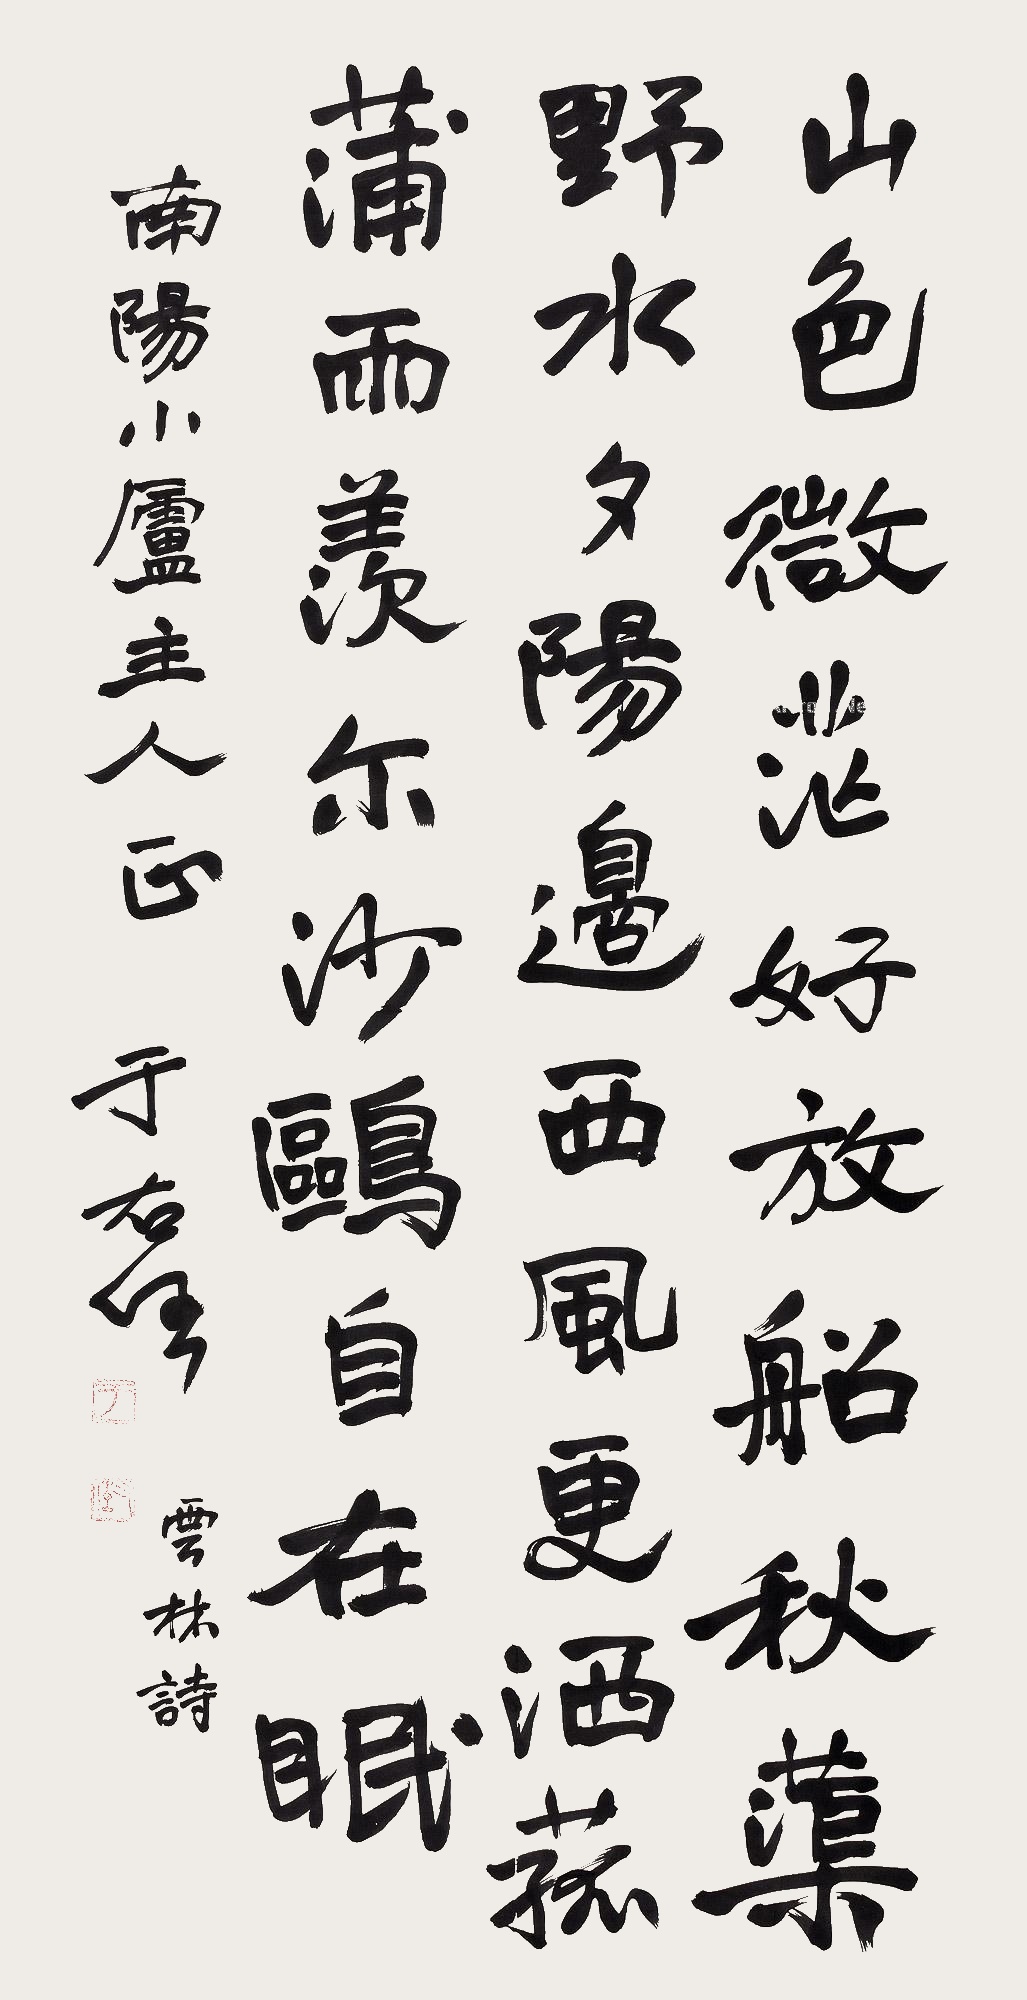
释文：山色微茫好放船，秋蕖野水夕阳边。西风更洒菰蒲雨，羡尔沙鸥自在眠。南阳小庐主人正。于右任。